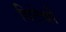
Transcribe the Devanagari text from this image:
विटेर्बो